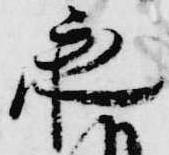
承